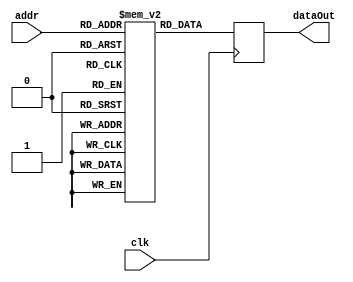
`timescale 1ns / 1ps
module ROM #(parameter DATA_WIDTH = 32, ADDRESS_WIDTH = 12, DEPTH = 4096, MEMFILE = "") (
    input wire                     clk,
    input wire [ADDRESS_WIDTH-1:0] addr,
    output reg [DATA_WIDTH-1:0]    dataOut = 0);
    
    reg[DATA_WIDTH-1:0] MemoryArray[0:DEPTH-1];
    
    initial begin
        if(MEMFILE > 0) begin
            $readmemb(MEMFILE, MemoryArray);
        end
    end
    
    always @(posedge clk) begin
        dataOut <= MemoryArray[addr];
    end
endmodule